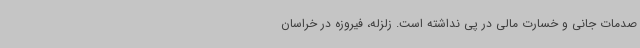
صدمات جانی و خسارت مالی در پی نداشته است. زلزله، فیروزه در خراسان